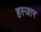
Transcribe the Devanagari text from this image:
हस्जार